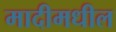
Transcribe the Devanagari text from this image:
मादीमधील